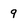
Character: 9